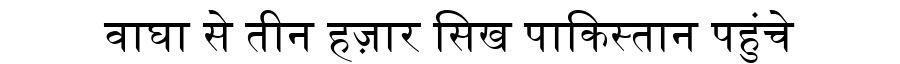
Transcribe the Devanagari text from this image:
वाघा से तीन हज़ार सिख पाकिस्तान पहुंचे